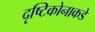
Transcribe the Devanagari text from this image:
दृष्टिकोनाकडे